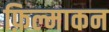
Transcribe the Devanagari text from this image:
फ़िल्माकन